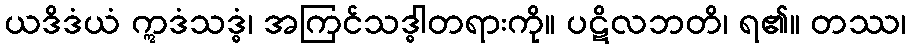
ယဒိဒံယံ ဣဒံသဒ္ဓံ၊ အကြင်သဒ္ဓါတရားကို။ ပဋိလဘတိ၊ ရ၏။ တဿ၊